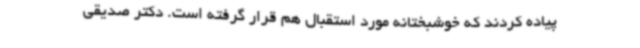
پیاده کردند که خوشبختانه مورد استقبال هم قرار گرفته است. دکتر صدیقی